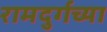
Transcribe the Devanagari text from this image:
रामदुर्गच्या